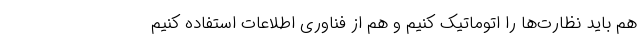
هم باید نظارت‌ها را اتوماتیک کنیم و هم از فناوری اطلاعات استفاده کنیم